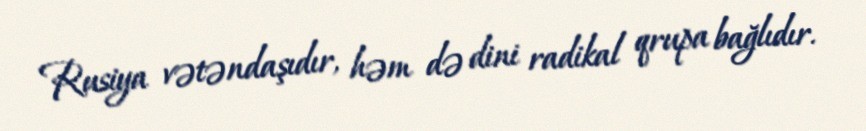
Rusiya vətəndaşıdır, həm də dini radikal qrupa bağlıdır.